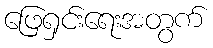
ဖြေရှင်းရေးအတွက်